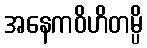
အနေကဝိဟိတမ္ပိ